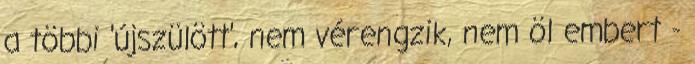
a többi 'újszülött', nem vérengzik, nem öl embert -